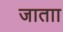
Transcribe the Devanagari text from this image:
जाताा